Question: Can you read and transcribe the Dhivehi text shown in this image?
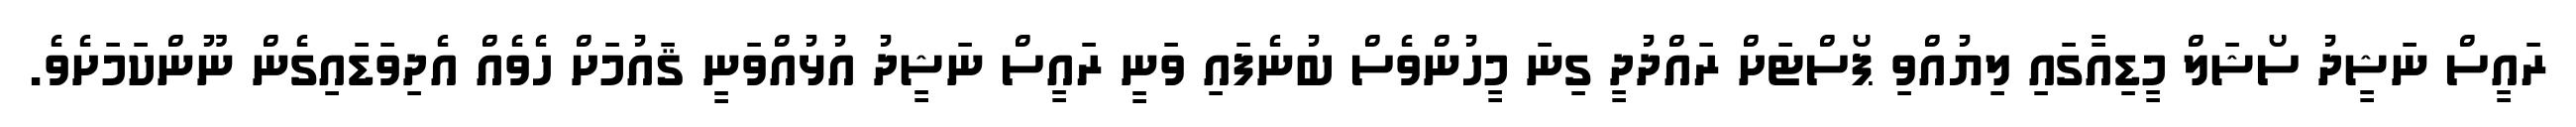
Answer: ރައީސް ނަޝީދު ސޯޝަލް މީޑިއާގައި ލިޔުއްވި ޕޯސްޓަށް ރައްދުދީ ގިނަ މީހުންވެސް ބުނެފައި ވަނީ ރައީސް ނަޝީދު އުޅުއްވަނީ ޤައުމަށް ހެވެއް އެދިވަޑައިގެން ނޫންކަމަށެވެ.